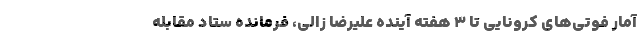
آمار فوتی‌های کرونایی تا ۳ هفته آینده علیرضا زالی، فرمانده ستاد مقابله